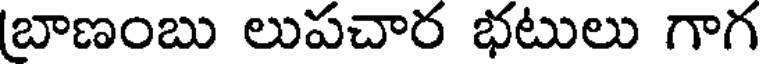
(బాణంబు లుపచార భటులు గాగ